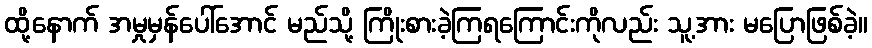
ထို့နောက် အမှုမှန်ပေါ်အောင် မည်သို့ ကြိုးစားခဲ့ကြရကြောင်းကိုလည်း သူ့အား မပြောဖြစ်ခဲ့။